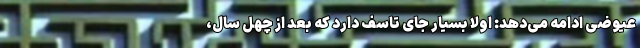
عیوضی ادامه می‌دهد: اولاً بسیار جای تاسف دارد که بعد از چهل سال،